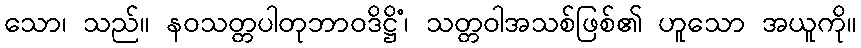
သော၊ သည်။ နဝသတ္တပါတုဘာဝဒိဋ္ဌိံ၊ သတ္တဝါအသစ်ဖြစ်၏ ဟူသော အယူကို။